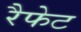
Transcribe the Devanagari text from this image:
रैफेट